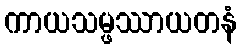
ကာယသမ္ဖဿာယတနံ